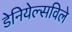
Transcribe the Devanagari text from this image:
डेनियेल्सविले